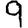
Digit: 9